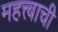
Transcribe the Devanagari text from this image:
महत्त्बाची